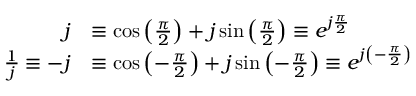
{ \begin{array} { r l } { j } & { \equiv \cos { \left( { \frac { \pi } { 2 } } \right) } + j \sin { \left( { \frac { \pi } { 2 } } \right) } \equiv e ^ { j { \frac { \pi } { 2 } } } } \\ { { \frac { 1 } { j } } \equiv - j } & { \equiv \cos { \left( - { \frac { \pi } { 2 } } \right) } + j \sin { \left( - { \frac { \pi } { 2 } } \right) } \equiv e ^ { j \left( - { \frac { \pi } { 2 } } \right) } } \end{array} }